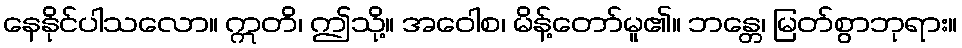
နေနိုင်ပါသလော။ ဣတိ၊ ဤသို့။ အဝေါစ၊ မိန့်တော်မူ၏။ ဘန္တေ၊ မြတ်စွာဘုရား။